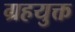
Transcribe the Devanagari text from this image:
ग्रहयुक्त